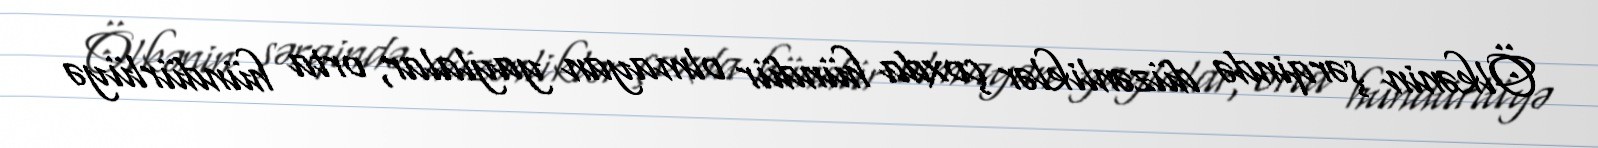
Ölkənin şərqində düzənliklər çoxda hündür olmayan yaylalar, orta hündürlüyə